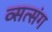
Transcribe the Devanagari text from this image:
व्सत्संग